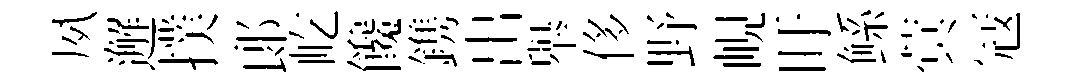
夙邂撲郞屹饞鎸出舉侈野峴盱鲧蓂冦